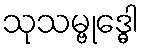
သုသမ္ဗုဒ္ဓေါ